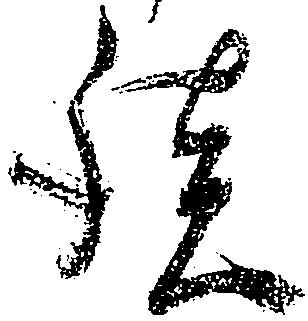
談